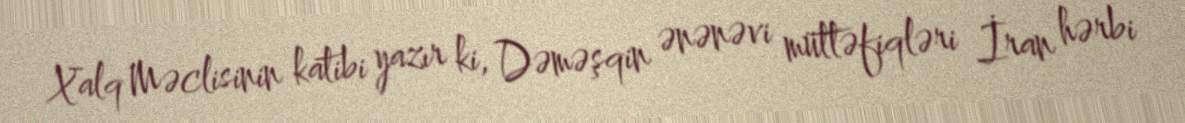
Xalq Məclisinin katibi yazır ki, Dəməşqin ənənəvi müttəfiqləri İran hərbi